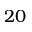
2 0